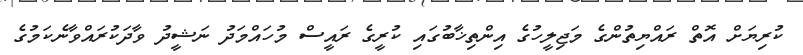
ކުރިޔަށް އޮތް ރައްޔިތުންގެ މަޖިލީހުގެ އިންތިޚާބުގައި ކުރީގެ ރައީސް މުހައްމަދު ނަޝީދު ވާދަކުރައްވާނެކަމުގެ